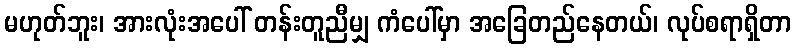
မဟုတ်ဘူး၊ အားလုံးအပေါ် တန်းတူညီမျှ ကံပေါ်မှာ အခြေတည်နေတယ်၊ လုပ်စရာရှိတာ